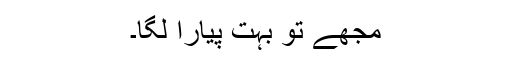
مجھے تو بہت پیارا لگا۔